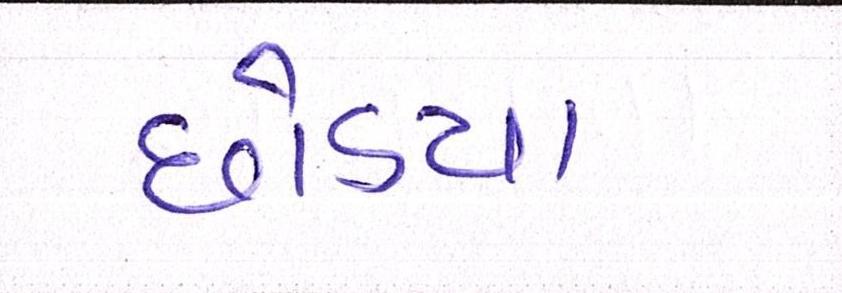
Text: છોડયા